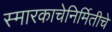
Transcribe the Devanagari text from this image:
स्मारकाचेनिर्मितीचे